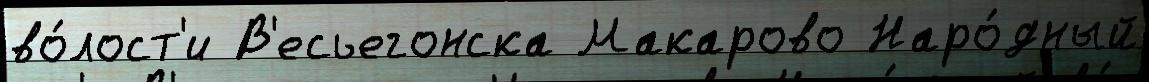
во́лост'и В'есьегонска Макарово Наро́дный